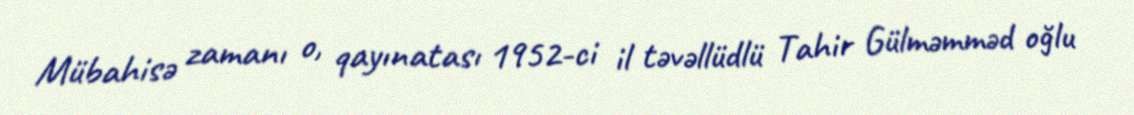
Mübahisə zamanı o, qayınatası 1952-ci il təvəllüdlü Tahir Gülməmməd oğlu